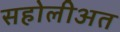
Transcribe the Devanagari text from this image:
सहोलीअत